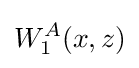
W_{1}^{A}(x,z)